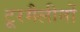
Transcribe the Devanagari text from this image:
टूरमैलीनों